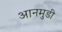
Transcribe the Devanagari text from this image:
आनमुडी